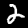
Label: 2